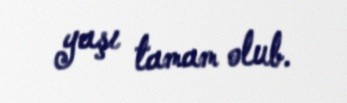
yaşı tamam olub.